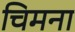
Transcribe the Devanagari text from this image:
चिमना